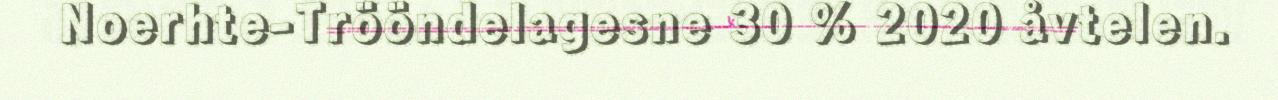
Noerhte-Trööndelagesne 30 % 2020 åvtelen.